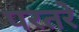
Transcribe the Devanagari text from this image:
परतरे